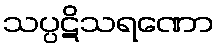
သပ္ပဋိသရဏော